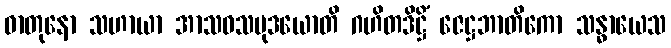
ဓာတုနော သဟာယာ အာသဝသမုဒယောတိ ဂဟိတဒိဋ္ဌိံ ဇေဋ္ဌဘာတိကော သန္ဓာယေသ